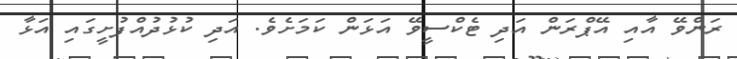
ރަންވޭ އާއި އޭޕްރަން އަދި ޓެކްސީވޭ އަޅަން ކަމަށެވެ. އަދި ކުޅުދުއްފުށީގައި އަޅާ